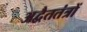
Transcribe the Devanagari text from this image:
अद्वैततंत्रों